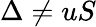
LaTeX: \Delta\neq uS